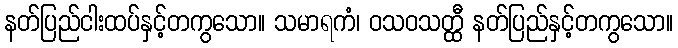
နတ်ပြည်ငါးထပ်နှင့်တကွသော။ သမာရကံ၊ ဝသဝသတ္ထီ နတ်ပြည်နှင့်တကွသော။